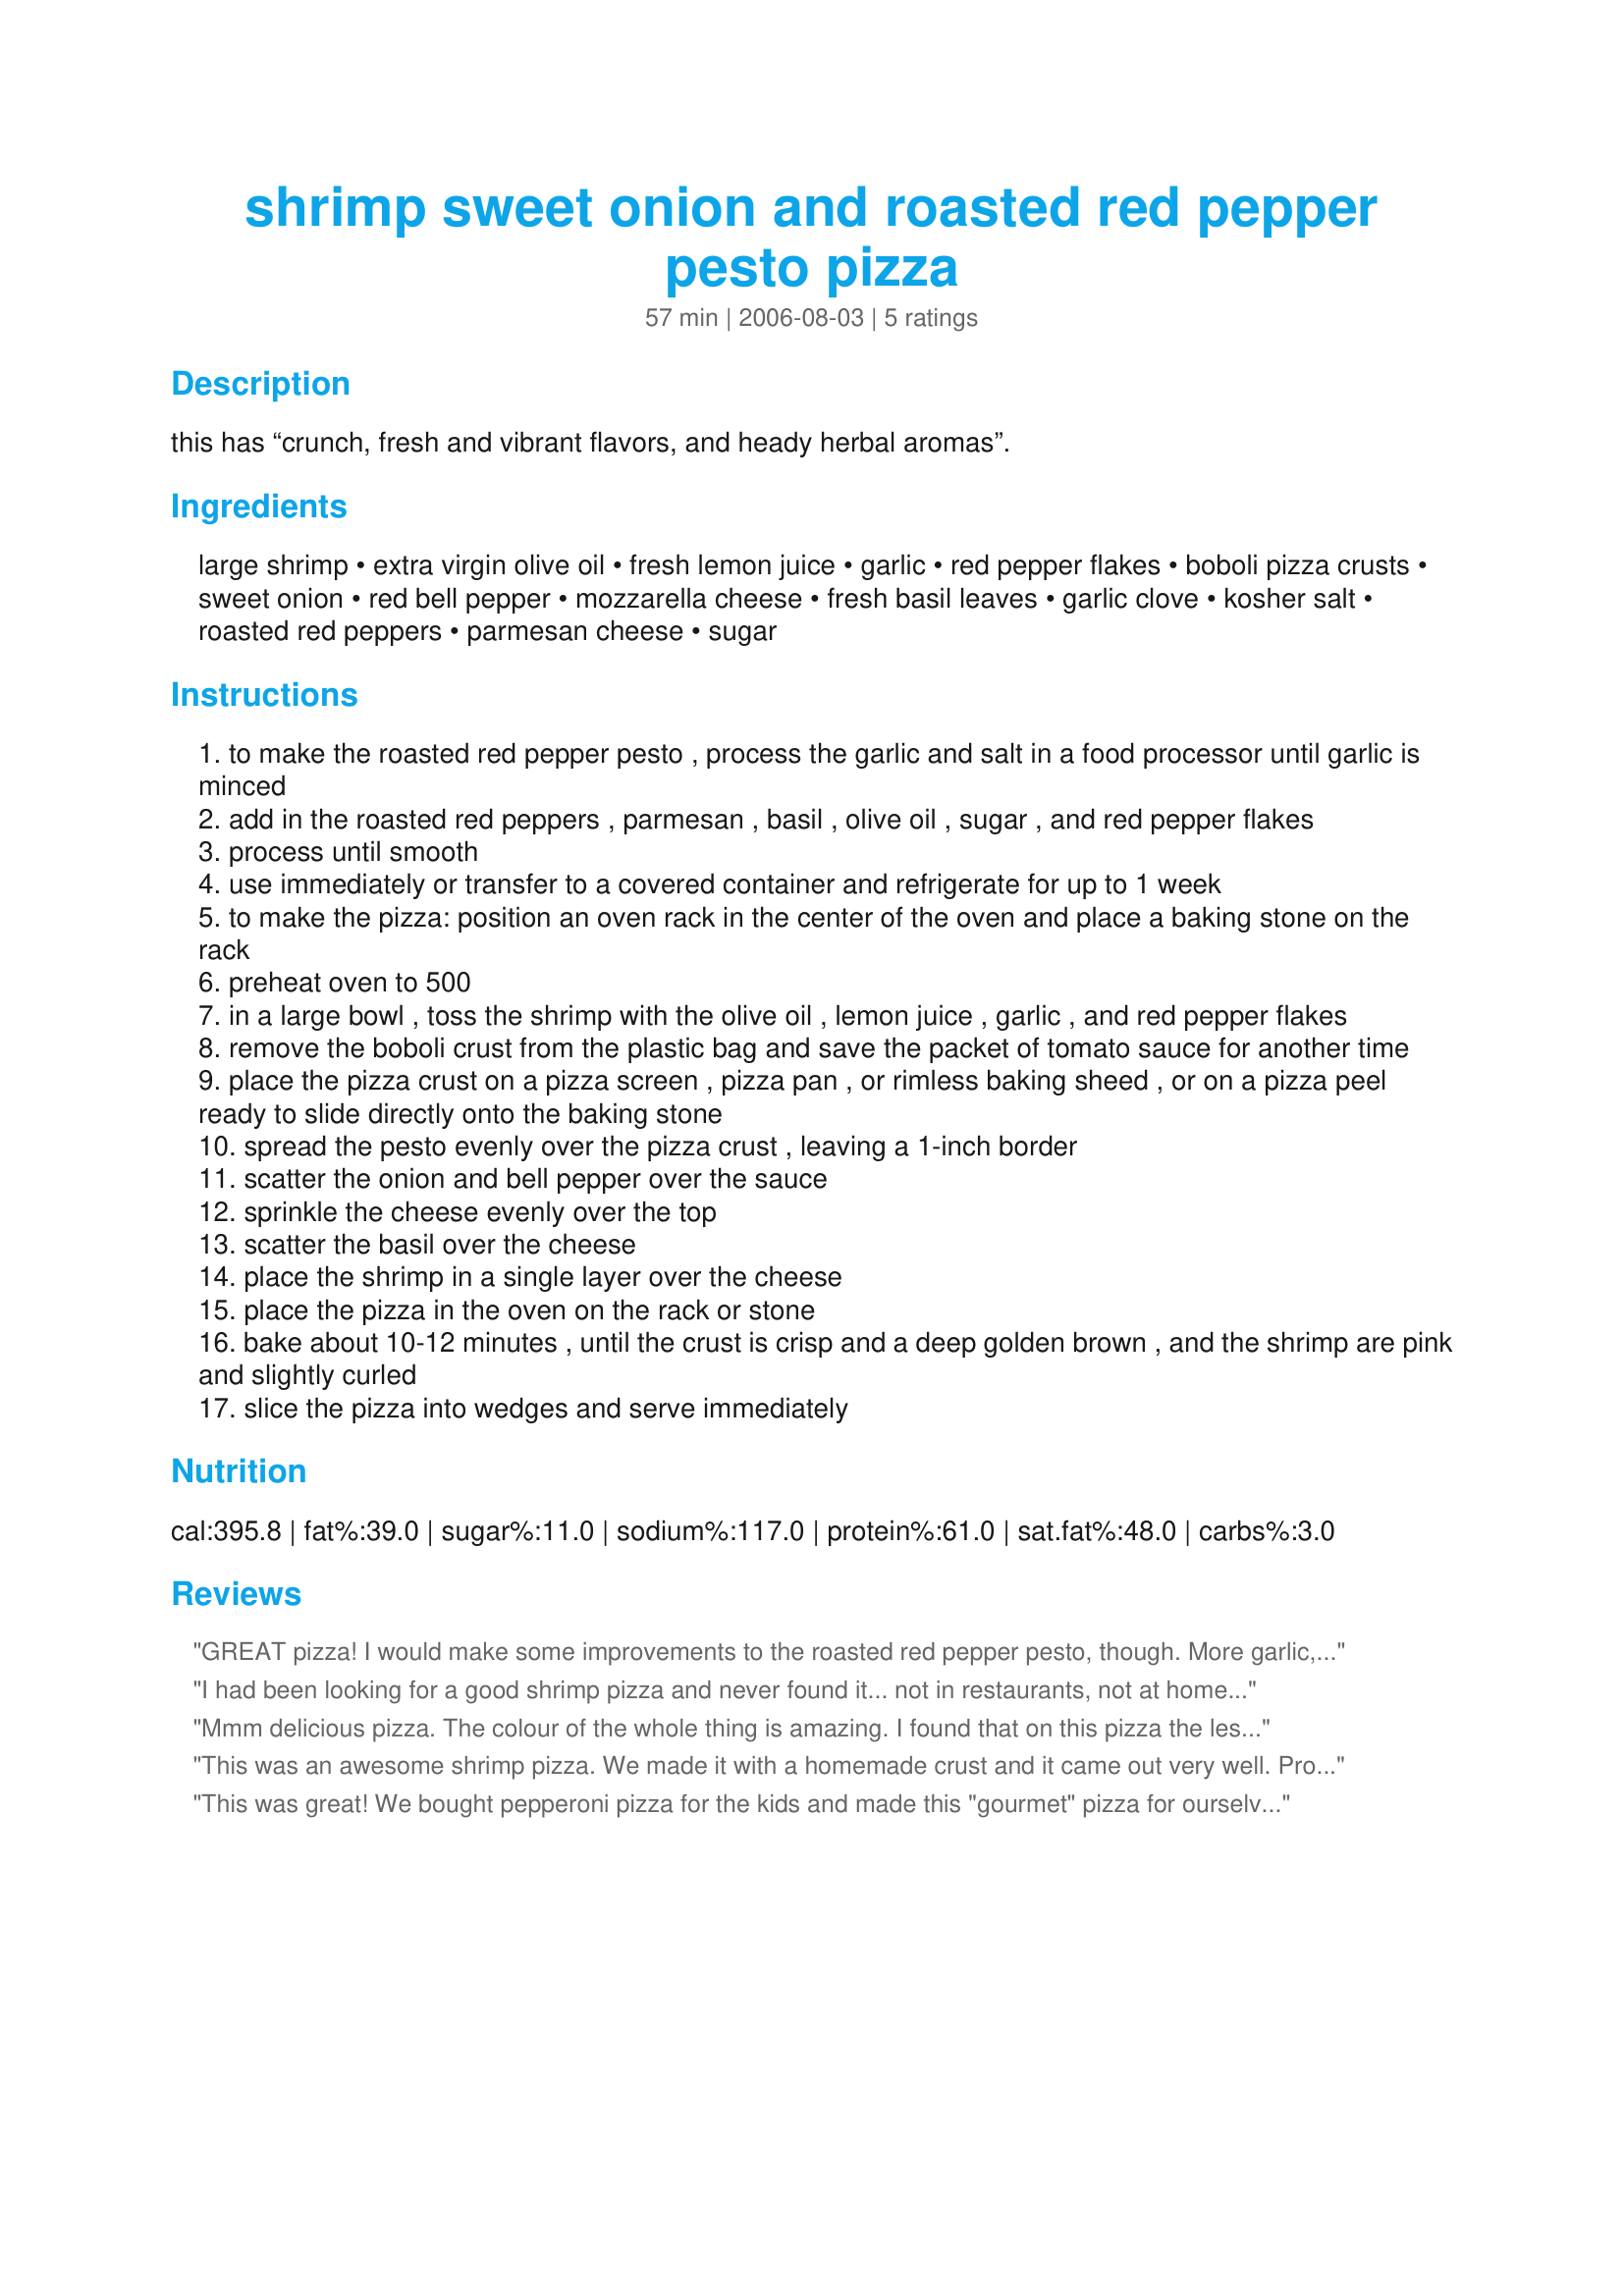
shrimp sweet onion and roasted red pepper pesto pizza
Preparation time: 57 minutes

this has “crunch, fresh and vibrant flavors, and heady herbal aromas”.

Ingredients:
large shrimp, extra virgin olive oil, fresh lemon juice, garlic, red pepper flakes, boboli pizza crusts, sweet onion, red bell pepper, mozzarella cheese, fresh basil leaves, garlic clove, kosher salt, roasted red peppers, parmesan cheese, sugar

Steps:
to make the roasted red pepper pesto , process the garlic and salt in a food processor until garlic is minced
add in the roasted red peppers , parmesan , basil , olive oil , sugar , and red pepper flakes
process until smooth
use immediately or transfer to a covered container and refrigerate for up to 1 week
to make the pizza: position an oven rack in the center of the oven and place a baking stone on the rack
preheat oven to 500
in a large bowl , toss the shrimp with the olive oil , lemon juice , garlic , and red pepper flakes
remove the boboli crust from the plastic bag and save the packet of tomato sauce for another time
place the pizza crust on a pizza screen , pizza pan , or rimless baking sheed , or on a pizza peel ready to slide directly onto the baking stone
spread the pesto evenly over the pizza crust , leaving a 1-inch border
scatter the onion and bell pepper over the sauce
sprinkle the cheese evenly over the top
scatter the basil over the cheese
place the shrimp in a single layer over the cheese
place the pizza in the oven on the rack or stone
bake about 10-12 minutes , until the crust is crisp and a deep golden brown , and the shrimp are pink and slightly curled
slice the pizza into wedges and serve immediately

Reviews:
GREAT pizza! I would make some improvements to the roasted red pepper pesto, though. More garlic, parmesan, olive oil and through in some pine nuts or almonds, as well, as usually is in pestos.
I had been looking for a good shrimp pizza and never found it... not in restaurants, not at home, every time I was disappointed... But this time I was astounded, this was by far the best shrimp pizza I ever tasted and my friends and family too. Amazing! Thanks!
Mmm delicious pizza. The colour of the whole thing is amazing. I found that on this pizza the less cheese used, the better.
This was an awesome shrimp pizza. We made it with a homemade crust and it came out very well. Probably should have patted the shrimp dry with a paper towel before mixing them with the oil, lemon juice, etc., because there was liquid on the top of the pizza when we took it out of the oven. Dabbed it off with a paper towel and it was fine. Will definitely make this pizza again.
This was great! We bought pepperoni pizza for the kids and made this "gourmet" pizza for ourselves. It was a winner! I'm allergic to tomatoes so I'm always looking for an alternative to tomato sauce and this fit the bill exactly. I think it would be great with rotisserie chicken also. Thanks for a great new pizza recipe!
